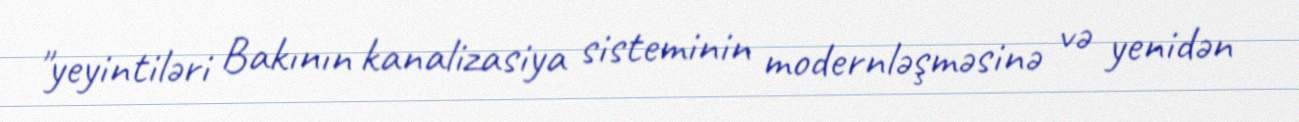
"yeyintiləri Bakının kanalizasiya sisteminin modernləşməsinə və yenidən